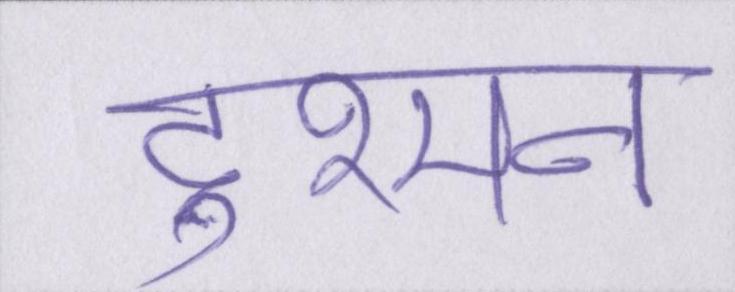
दुश्मन